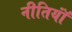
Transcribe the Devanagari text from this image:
नीतियॉं